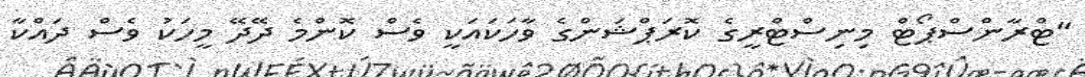
"ޓްރާންސްޕޯޓް މިނިސްޓްރީގެ ކޮރަޕްޝަންގެ ވާހަކައަކީ ވެސް ކޮންމެ ދޭދޭ މީހަކު ވެސް ދައްކާ